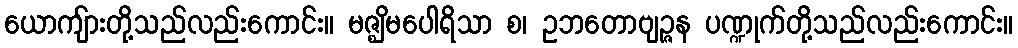
ယောကျ်ားတို့သည်လည်းကောင်း။ မဇ္ဈိမပေါရိသာ စ၊ ဥဘတောဗျဉ္ဇန ပဏ္ဍုက်တို့သည်လည်းကောင်း။